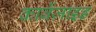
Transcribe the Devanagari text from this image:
कार्बेज़ाइड